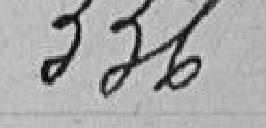
336